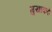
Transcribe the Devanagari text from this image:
मुखाकडे